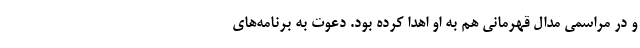
و در مراسمی مدال قهرمانی هم به او اهدا کرده بود. دعوت به برنامه‌های